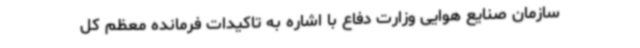
سازمان صنایع هوایی وزارت دفاع با اشاره به تاکیدات فرمانده معظم کل